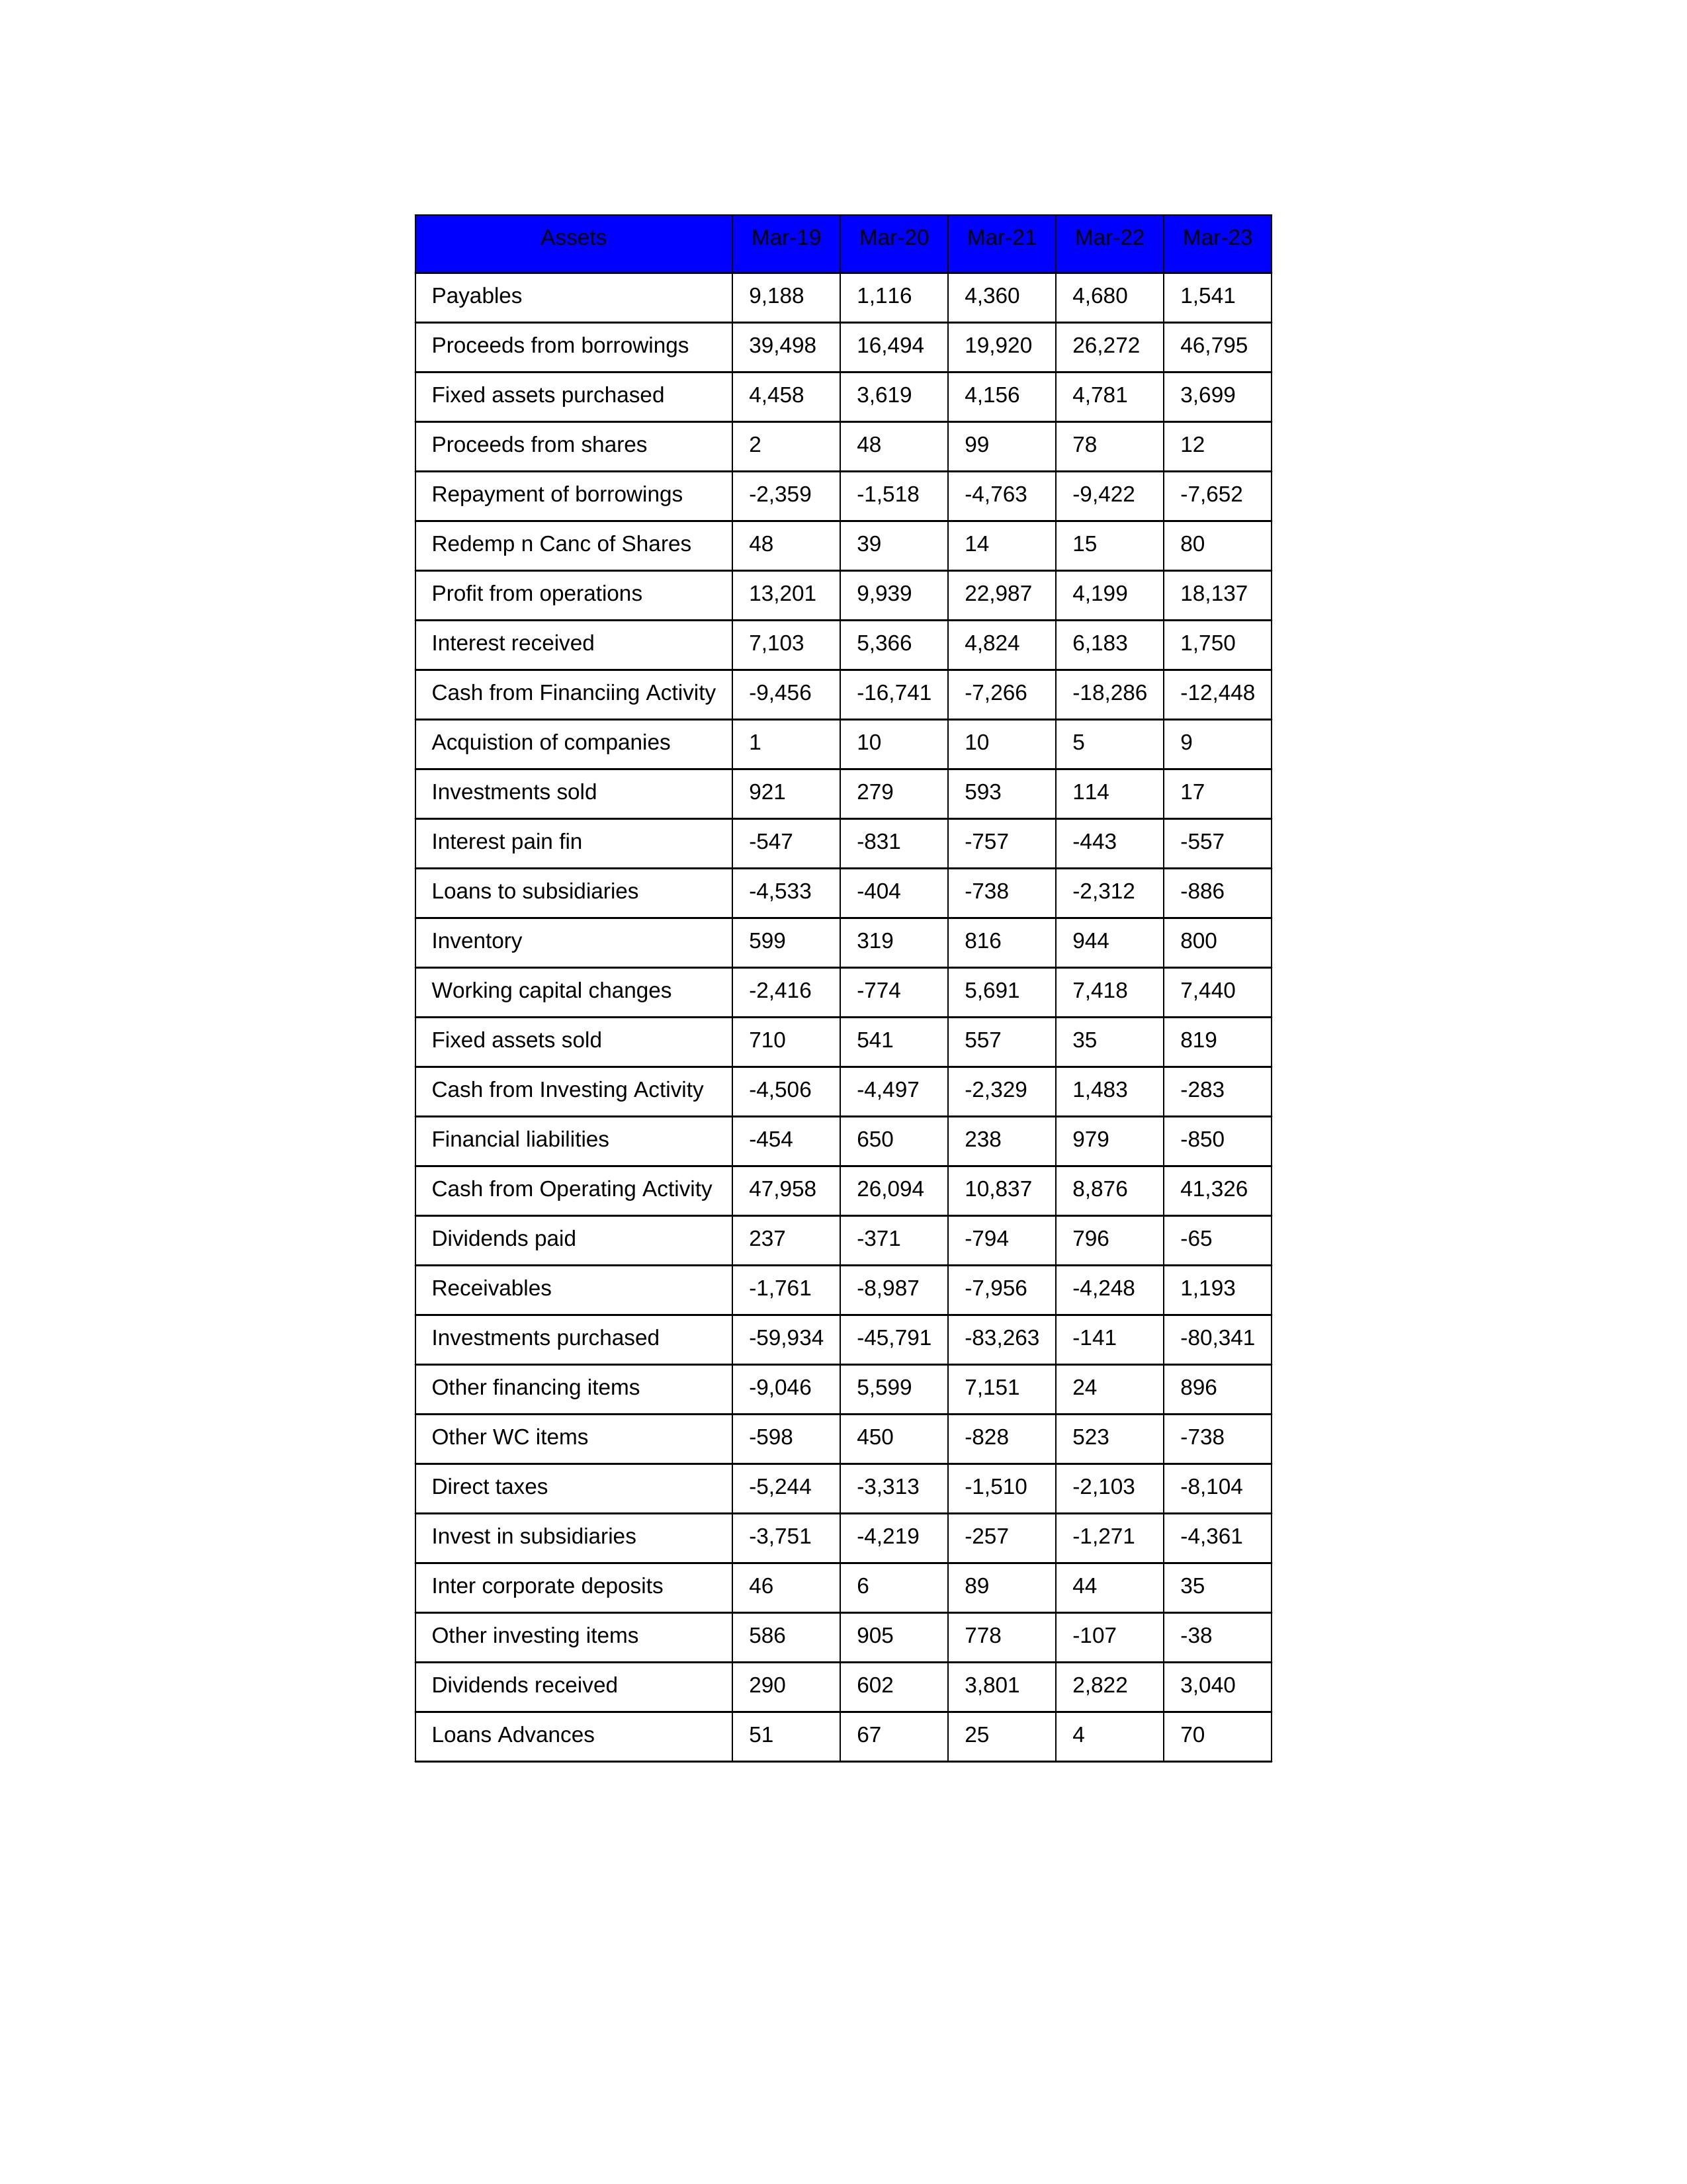
gt_parse: Mar-19: Cash from Operating Activity: 47,958
Profit from operations: 13,201
Receivables: -1,761
Inventory: 599
Payables: 9,188
Loans Advances: 51
Other WC items: -598
Working capital changes: -2,416
Direct taxes: -5,244
Cash from Investing Activity: -4,506
Fixed assets purchased: 4,458
Fixed assets sold: 710
Investments purchased: -59,934
Investments sold: 921
Interest received: 7,103
Dividends received: 290
Invest in subsidiaries: -3,751
Loans to subsidiaries: -4,533
Redemp n Canc of Shares: 48
Acquistion of companies: 1
Inter corporate deposits: 46
Other investing items: 586
Cash from Financiing Activity: -9,456
Proceeds from shares: 2
Proceeds from borrowings: 39,498
Repayment of borrowings: -2,359
Interest pain fin: -547
Dividends paid: 237
Financial liabilities: -454
Other financing items: -9,046
Mar-20: Cash from Operating Activity: 26,094
Profit from operations: 9,939
Receivables: -8,987
Inventory: 319
Payables: 1,116
Loans Advances: 67
Other WC items: 450
Working capital changes: -774
Direct taxes: -3,313
Cash from Investing Activity: -4,497
Fixed assets purchased: 3,619
Fixed assets sold: 541
Investments purchased: -45,791
Investments sold: 279
Interest received: 5,366
Dividends received: 602
Invest in subsidiaries: -4,219
Loans to subsidiaries: -404
Redemp n Canc of Shares: 39
Acquistion of companies: 10
Inter corporate deposits: 6
Other investing items: 905
Cash from Financiing Activity: -16,741
Proceeds from shares: 48
Proceeds from borrowings: 16,494
Repayment of borrowings: -1,518
Interest pain fin: -831
Dividends paid: -371
Financial liabilities: 650
Other financing items: 5,599
Mar-21: Cash from Operating Activity: 10,837
Profit from operations: 22,987
Receivables: -7,956
Inventory: 816
Payables: 4,360
Loans Advances: 25
Other WC items: -828
Working capital changes: 5,691
Direct taxes: -1,510
Cash from Investing Activity: -2,329
Fixed assets purchased: 4,156
Fixed assets sold: 557
Investments purchased: -83,263
Investments sold: 593
Interest received: 4,824
Dividends received: 3,801
Invest in subsidiaries: -257
Loans to subsidiaries: -738
Redemp n Canc of Shares: 14
Acquistion of companies: 10
Inter corporate deposits: 89
Other investing items: 778
Cash from Financiing Activity: -7,266
Proceeds from shares: 99
Proceeds from borrowings: 19,920
Repayment of borrowings: -4,763
Interest pain fin: -757
Dividends paid: -794
Financial liabilities: 238
Other financing items: 7,151
Mar-22: Cash from Operating Activity: 8,876
Profit from operations: 4,199
Receivables: -4,248
Inventory: 944
Payables: 4,680
Loans Advances: 4
Other WC items: 523
Working capital changes: 7,418
Direct taxes: -2,103
Cash from Investing Activity: 1,483
Fixed assets purchased: 4,781
Fixed assets sold: 35
Investments purchased: -141
Investments sold: 114
Interest received: 6,183
Dividends received: 2,822
Invest in subsidiaries: -1,271
Loans to subsidiaries: -2,312
Redemp n Canc of Shares: 15
Acquistion of companies: 5
Inter corporate deposits: 44
Other investing items: -107
Cash from Financiing Activity: -18,286
Proceeds from shares: 78
Proceeds from borrowings: 26,272
Repayment of borrowings: -9,422
Interest pain fin: -443
Dividends paid: 796
Financial liabilities: 979
Other financing items: 24
Mar-23: Cash from Operating Activity: 41,326
Profit from operations: 18,137
Receivables: 1,193
Inventory: 800
Payables: 1,541
Loans Advances: 70
Other WC items: -738
Working capital changes: 7,440
Direct taxes: -8,104
Cash from Investing Activity: -283
Fixed assets purchased: 3,699
Fixed assets sold: 819
Investments purchased: -80,341
Investments sold: 17
Interest received: 1,750
Dividends received: 3,040
Invest in subsidiaries: -4,361
Loans to subsidiaries: -886
Redemp n Canc of Shares: 80
Acquistion of companies: 9
Inter corporate deposits: 35
Other investing items: -38
Cash from Financiing Activity: -12,448
Proceeds from shares: 12
Proceeds from borrowings: 46,795
Repayment of borrowings: -7,652
Interest pain fin: -557
Dividends paid: -65
Financial liabilities: -850
Other financing items: 896